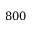
8 0 0